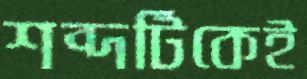
শব্দটিকেই